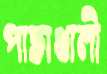
পাতাখালী